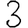
Digit: 3